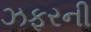
ઝફરની